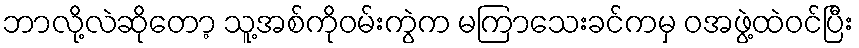
ဘာလို့လဲဆိုတော့ သူ့အစ်ကိုဝမ်းကွဲက မကြာသေးခင်ကမှ ဝအဖွဲ့ထဲဝင်ပြီး